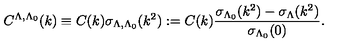
C ^ { \Lambda , \Lambda _ { 0 } } ( k ) \equiv C ( k ) \sigma _ { \Lambda , \Lambda _ { 0 } } ( k ^ { 2 } ) : = C ( k ) \frac { \sigma _ { \Lambda _ { 0 } } ( k ^ { 2 } ) - \sigma _ { \Lambda } ( k ^ { 2 } ) } { \sigma _ { \Lambda _ { 0 } } ( 0 ) } .